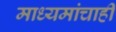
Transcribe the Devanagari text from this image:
माध्यमांचाही